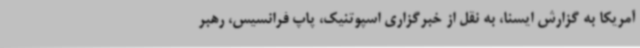
آمریکا به گزارش ایسنا، به نقل از خبرگزاری اسپوتنیک، پاپ فرانسیس، رهبر